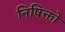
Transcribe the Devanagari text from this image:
निषिक्तो